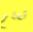
تعلم